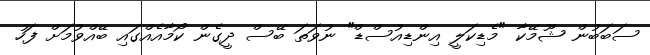
ސަބަބުން ޝޫމޭކާ "މެޑިކަލީ އިންޑިއުސްޑް" ނުވަތަ ބޭސް ދީގެން ކޯމާއެއްގައި ބޭއްވުމަށް ފަހު